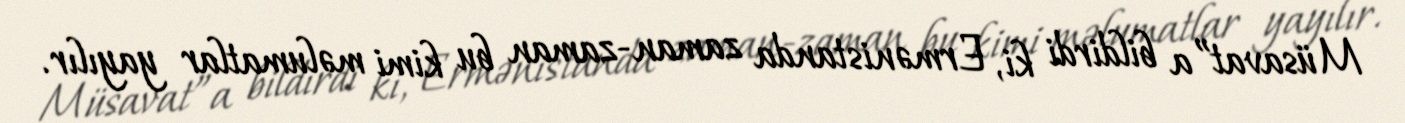
Müsavat”a bildirdi ki, Ermənistanda zaman-zaman bu kimi məlumatlar yayılır.